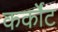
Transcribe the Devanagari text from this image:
कर्कोंट